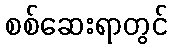
စစ်ဆေးရာတွင်